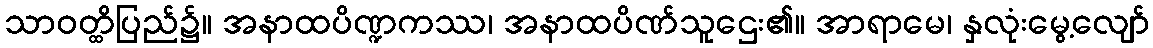
သာဝတ္ထိပြည်၌။ အနာထပိဏ္ဍကဿ၊ အနာထပိဏ်သူဌေး၏။ အာရာမေ၊ နှလုံးမွေ့လျော်